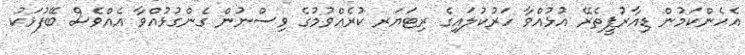
އެހެންކަމުން ޑިއާރުޕީތެރޭ އުޅުއްވާ ހަރުކުލައިގެ ރިޓަޔަރ ކުރެއްވުމުގެ ވިސްނުން ގެންގުޅުއްވާ އެއްވެސް ބޭފުޅަކު